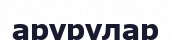
арурулар